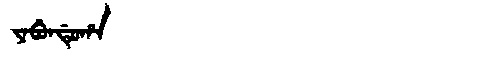
Manchu: ᠶᠠᠪᡠᠨᡩᡠᡥᠠ
Romanization: YABUNDUHA